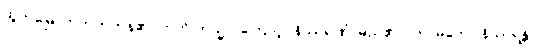
ထွက်မြောက်တတ်ကုန်၏။ ဣတိ တသ္မာ၊ ကြောင့်။ နိဿရဏံ၊ မည်၏။ (ကာမတော နိဿရန္တိ